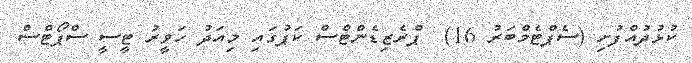
ކުޅުދުއްފުށި (ސެޕްޓެމްބަރު 16)  ޕްރެޒިޑެންޓްސް ކަޕުގައި މިއަދު ހަވީރު ޓީސީ ސްޕޯޓްސް